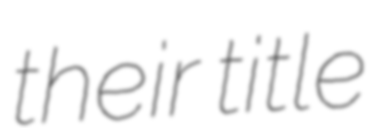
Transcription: their title